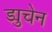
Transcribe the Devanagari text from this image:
ड्युचेन